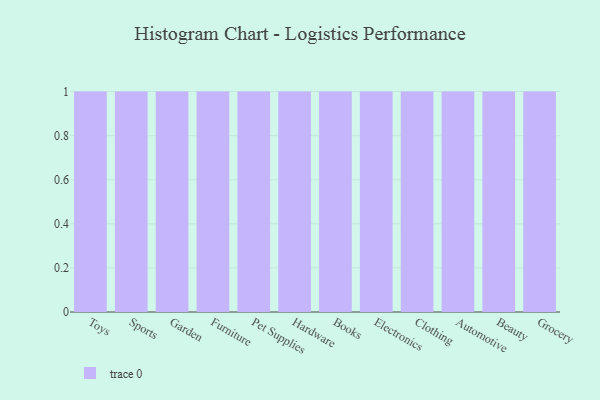
{"axis": {"x": "Category", "y": "Tickets Resolved"}, "legend": [""], "data": [{"x": "Toys", "y": 34, "type": ""}, {"x": "Sports", "y": 83, "type": ""}, {"x": "Garden", "y": 89, "type": ""}, {"x": "Furniture", "y": 24, "type": ""}, {"x": "Pet Supplies", "y": 84, "type": ""}, {"x": "Hardware", "y": 82, "type": ""}, {"x": "Books", "y": 97, "type": ""}, {"x": "Electronics", "y": 45, "type": ""}, {"x": "Clothing", "y": 12, "type": ""}, {"x": "Automotive", "y": 91, "type": ""}, {"x": "Beauty", "y": 94, "type": ""}, {"x": "Grocery", "y": 83, "type": ""}]}